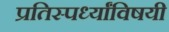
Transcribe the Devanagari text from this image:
प्रतिस्पर्ध्यांविषयी